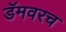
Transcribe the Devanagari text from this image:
डॅमवरच